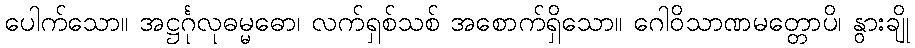
ပေါက်သော။ အဋ္ဌင်္ဂုလုဓမ္မဓော၊ လက်ရှစ်သစ် အစောက်ရှိသော။ ဂေါဝိသာဏမတ္တောပိ၊ နွားချို